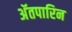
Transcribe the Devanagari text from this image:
अॅतपारिन